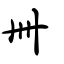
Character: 卌